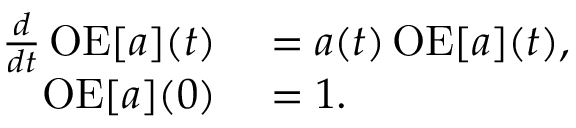
\begin{array} { r l } { { \frac { d } { d t } } \operatorname { O E } [ a ] ( t ) } & { { } = a ( t ) \operatorname { O E } [ a ] ( t ) , } \\ { \operatorname { O E } [ a ] ( 0 ) } & { { } = 1 . } \end{array}